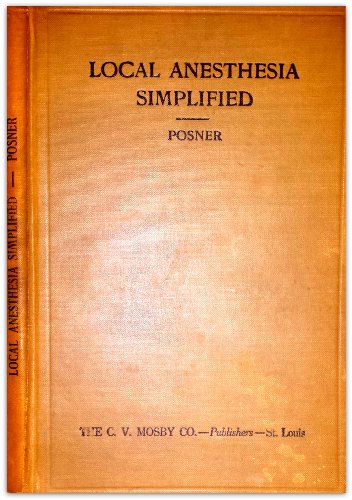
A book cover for Local anesthesia simplified; John Jacob Posner; Medical Books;